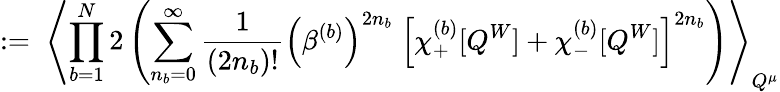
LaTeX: :=\; \left\langle\prod_{b=1}^{N}2\left(\sum_{n_{b}=0}^{\infty}\frac{1}{(2n_{b})!}\Big(\beta^{(b)}\Big)^{2n_{b}}\; \left[\chi_{+}^{(b)}[Q^{W}]+\chi_{-}^{(b)}[Q^{W}]\right]^{2n_{b}}\right)\right\rangle_{Q^{\mu}}